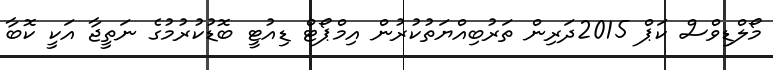
މޯލްޑިވްސް ކަޕް 2015ދަރިން ތަރުބިއްޔަތުކުރުން އިމްޕޯޓް ޑިއުޓީ ބޮޑުކުރުމުގެ ނަތީޖާ އަކީ ކޮބާ